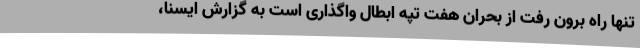
تنها راه برون رفت از بحران هفت تپه ابطال واگذاری است به گزارش ایسنا،